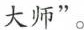
大师”。